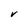
Character: v